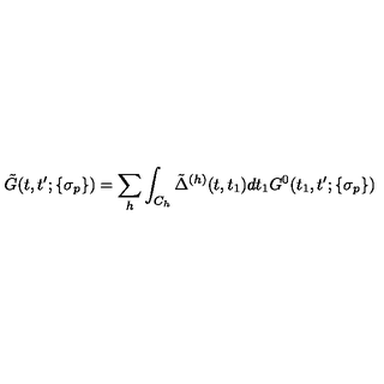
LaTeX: \tilde { G } ( t , t ^ { \prime } ; \{ \sigma _ { p } \} ) = \sum _ { h } \int _ { C _ { h } } \tilde { \Delta } ^ { ( h ) } ( t , t _ { 1 } ) d t _ { 1 } G ^ { 0 } ( t _ { 1 } , t ^ { \prime } ; \{ \sigma _ { p } \} )